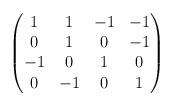
LaTeX: \begin{align*}\begin{pmatrix}1 & 1 & -1 & -1 \\0 & 1 & 0 & -1 \\-1 & 0 & 1 & 0 \\0 & -1 & 0 & 1 \end{pmatrix}\end{align*}